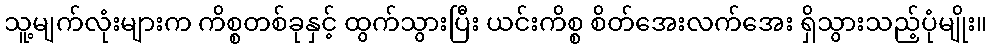
သူ့မျက်လုံးများက ကိစ္စတစ်ခုနှင့် ထွက်သွားပြီး ယင်းကိစ္စ စိတ်အေးလက်အေး ရှိသွားသည့်ပုံမျိုး။